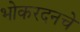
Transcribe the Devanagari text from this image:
भोकरदनचे